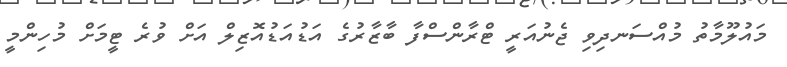
މައުލޫމާތު މުއްސަނދިވި ޖެނުއަރީ ޓްރާންސްފާ ބާޒާރުގެ އަޑުއަޑުއޮޒިލް އަށް ވުރެ ޓީމަށް މުހިންމީ